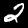
Digit: 2